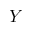
Y